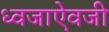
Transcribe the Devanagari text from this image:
ध्वजाऐवजी